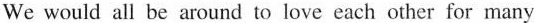
we would all he arnund to lowe cach ather for many